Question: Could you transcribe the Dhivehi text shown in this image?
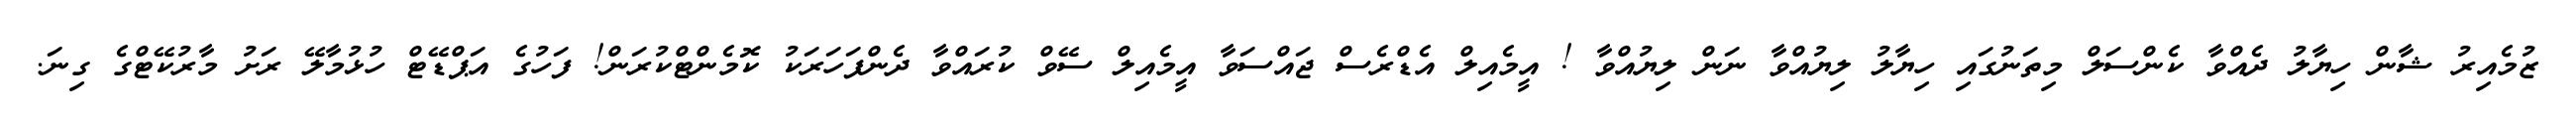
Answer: ޒުމެއިރު ޝާން ހިޔާލު ދެއްވާ ކެންސަލް މިތަނުގައި ހިޔާލު ލިޔުއްވާ ނަން ލިޔުއްވާ ! އީމެއިލް އެޑްރެސް ޖައްސަވާ އީމެއިލް ސޭވް ކުރައްވާ ދެންފަހަރަކު ކޮމެންޓްކުރަން! ފަހުގެ އަޕްޑޭޓް ހުޅުމާލޭ ރަށު މާރުކޭޓްގެ ގިނަ.